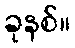
ခုနစ်။